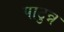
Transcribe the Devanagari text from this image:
पाटुन्न